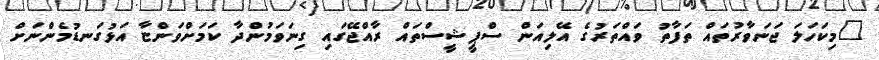
"މިކަހަލަ ޖަނަވާރުތައް ތަފާތު ވައްތަރުގެ އޭލިއަން ސްޕީޝީސްތައް ރާއްޖޭގައި ގިނަވަމުންދާ ކަމަށްވަންޏާ އަޅުގަނޑުމެންނަށް